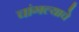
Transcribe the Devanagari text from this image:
चांगल्याचे